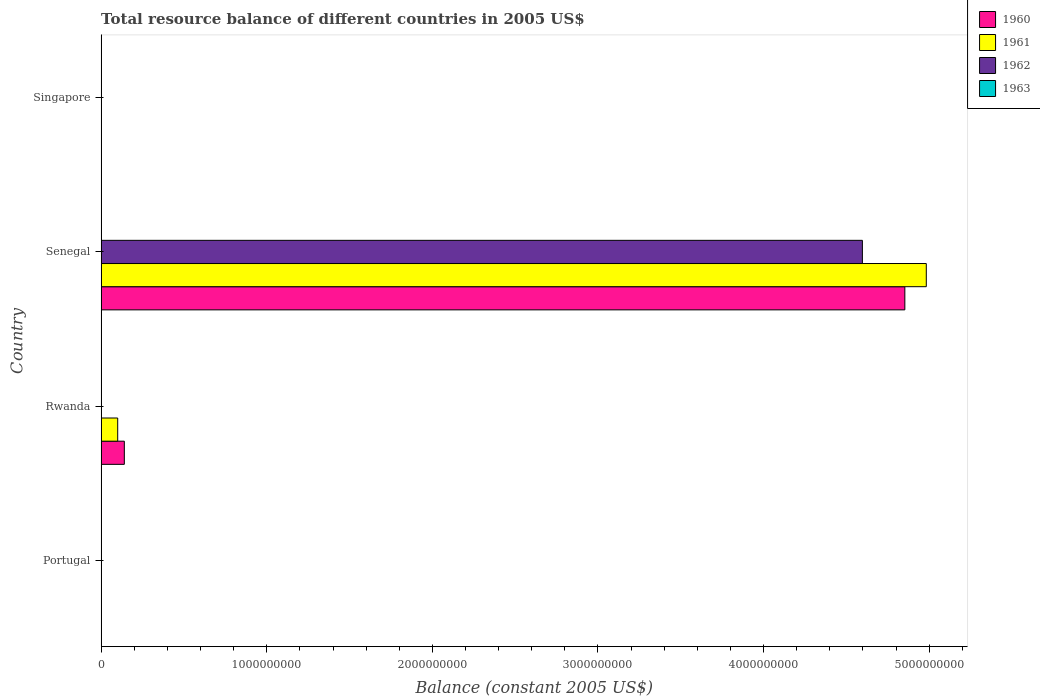
| Country | 1960 | 1961 | 1962 | 1963 |
 | --- | --- | --- | --- | --- |
 | Portugal | -2.21e+07 | -4.43e+07 | -1.93e+07 | -2.22e+07 |
 | Rwanda | 1.4e+08 | 1e+08 | -2.2e+08 | -4.3e+08 |
 | Senegal | 4.85e+09 | 4.98e+09 | 4.6e+09 | -8.41e+08 |
 | Singapore | -2.95e+08 | -3.41e+08 | -2.63e+08 | -4.09e+08 |